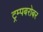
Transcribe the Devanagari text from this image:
ट्रम्पबरोबर